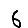
Digit: 6